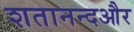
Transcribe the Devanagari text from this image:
शतानन्दऔर